Martna_vallavalitsus, lk 43
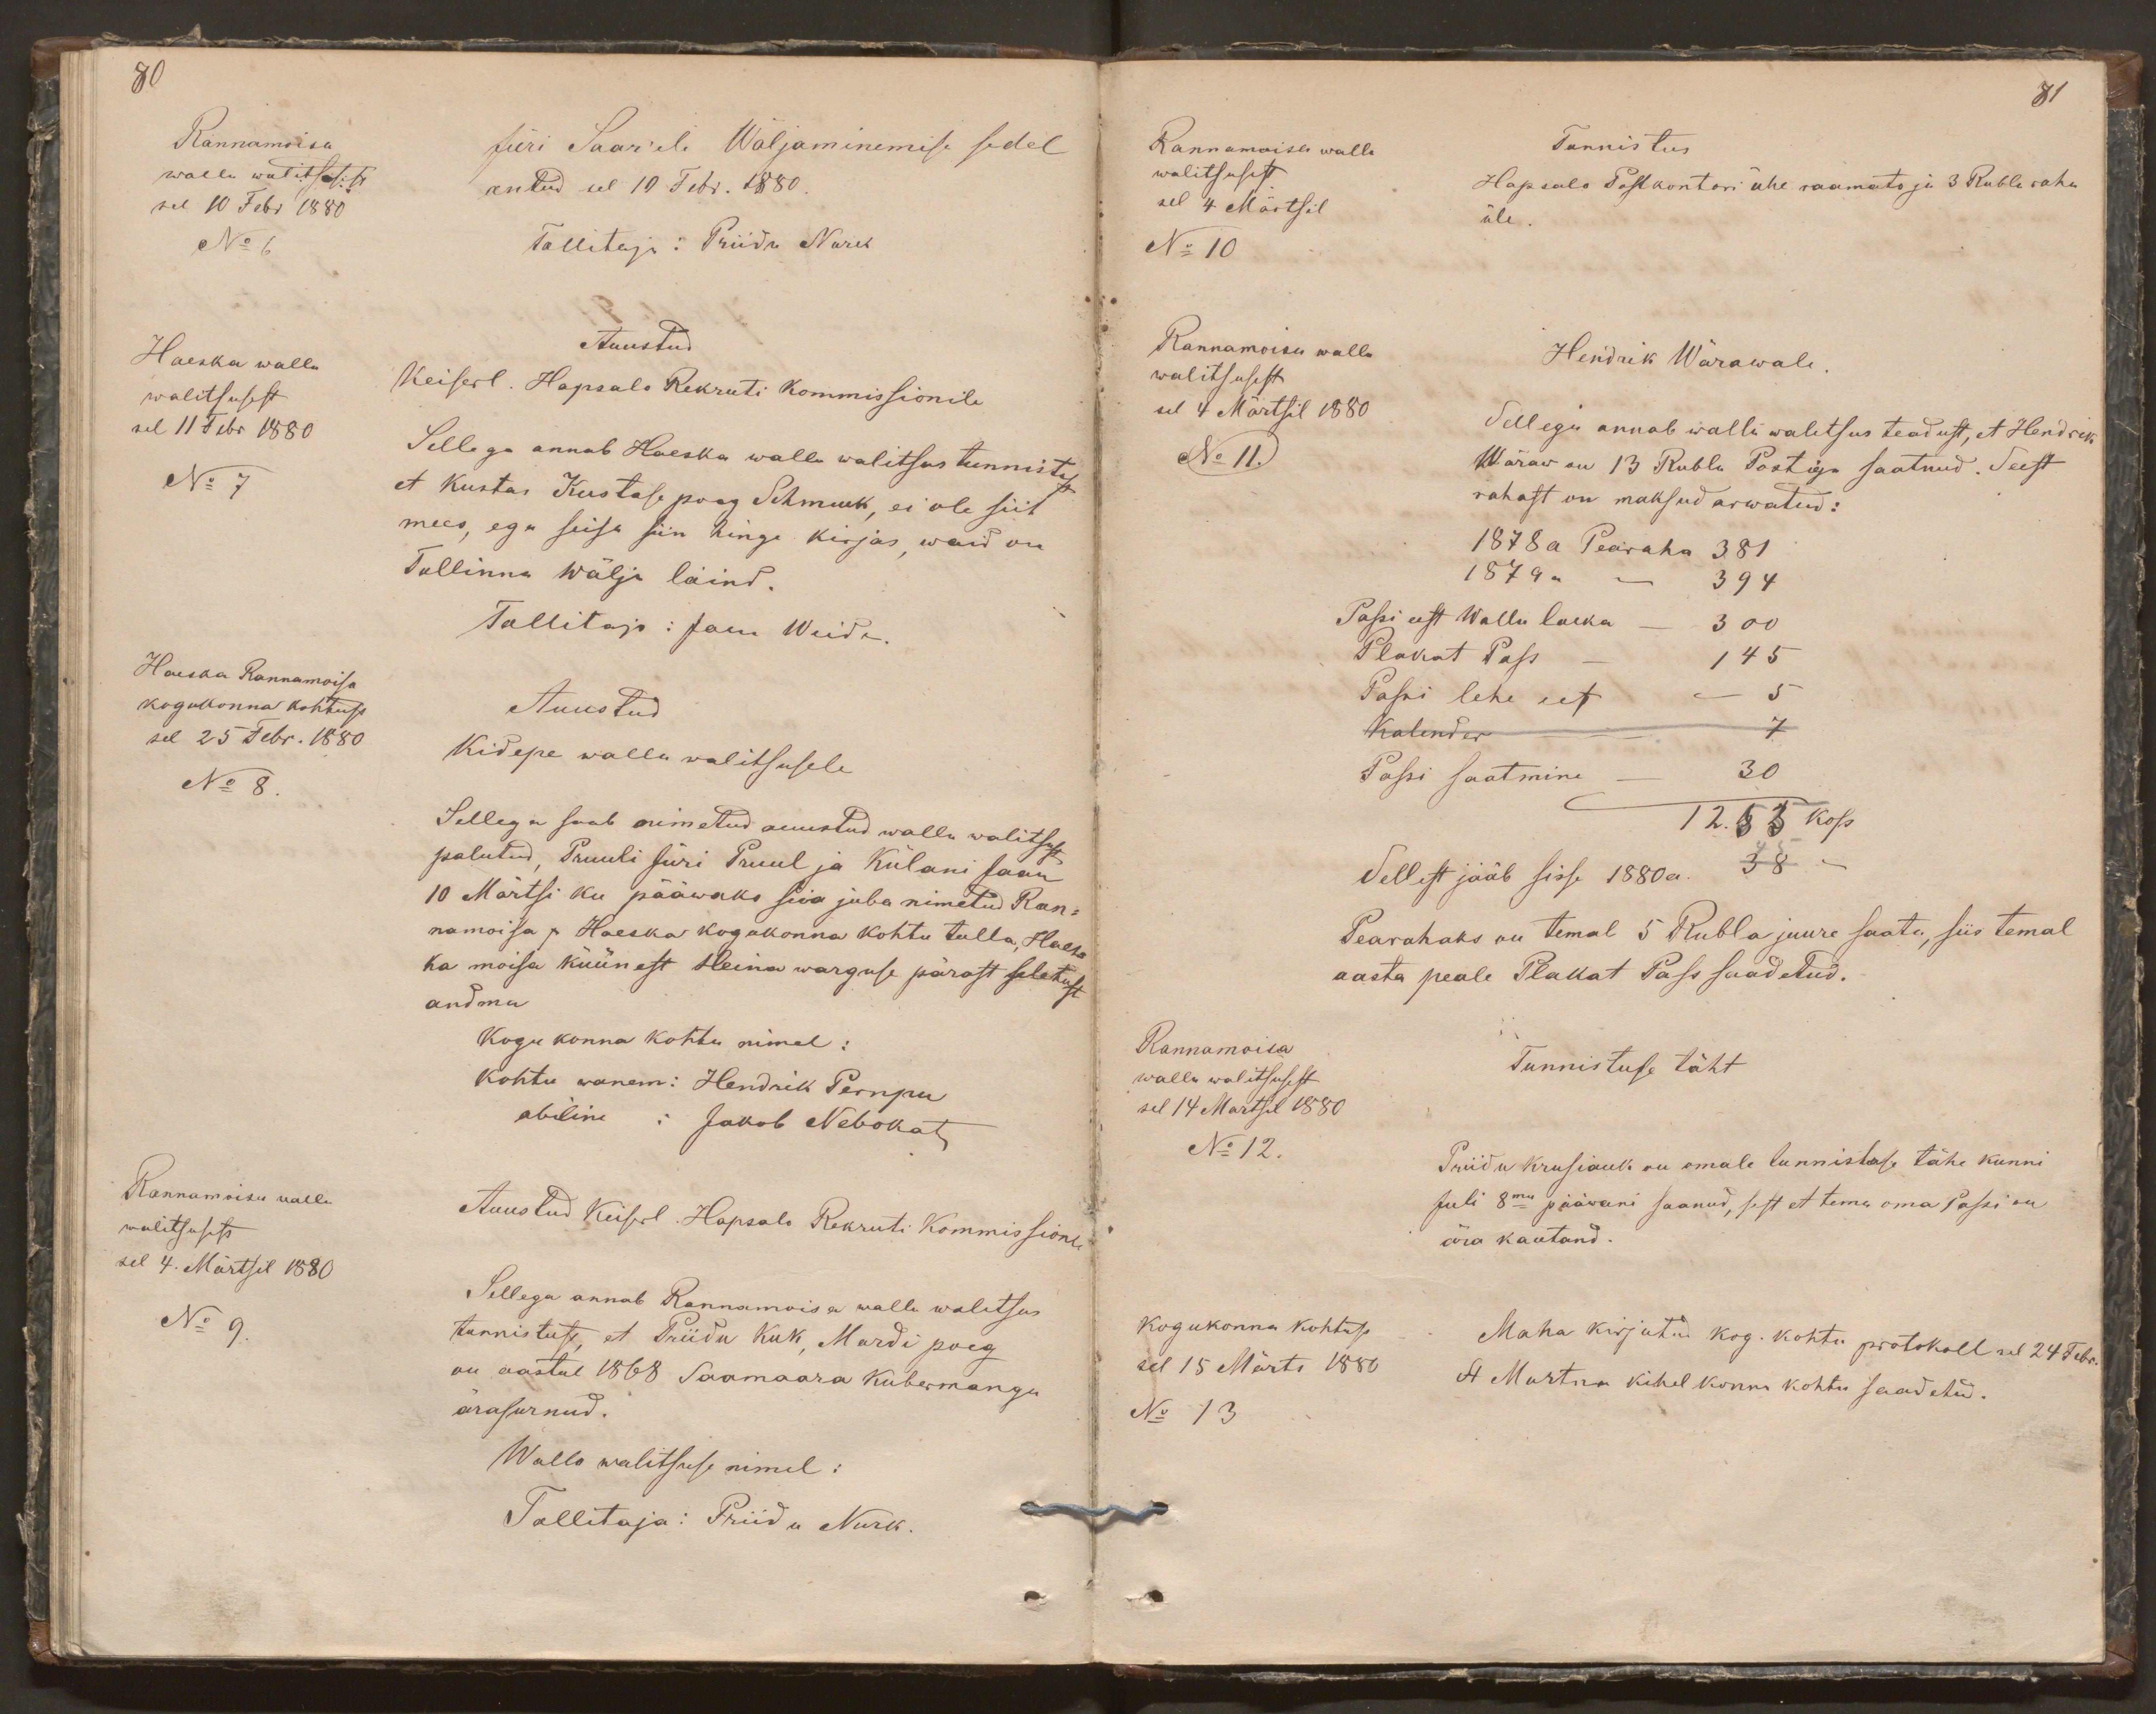
80
Rannamoisa
Jüri Saar'ele Wäljaminemise sedel
walla walitsusest
sel 10 Febr 1880
antud sel 10 Febr. 1880.
No 6
Tallitaja: Priidu Nurk
Haeska walla
Auustud
walitsusest
Keiserl. Hapsalo Rekruti Kommissionile
sel 11 Febr 1880
No 7
Sellega annab Haeska walla walitsus tunnistust
et Kustas Kustase poeg Schmuek, ei ole siit
mees, ega seisa siin hinge kirjas, waid on
Tallinna wälja läind.
Tallitaja: Jaan Weide.
Haeska Rannamoisa
kogukonna kohtust
Auustud
sel 25 Febr. 1880
Kidepe walla walitsusele
No 8
Sellega saab nimetud auustud walla walitsust
palutud, Pruuli Jüri Pruul ja Külani Jaan
10 Märtsi ku pääwaks siia juba nimetud Ran-
namoisa ja Haeska kogukonna kohtu tulla. Haes-
ka moisa küünest Heina warguse pärast seletust
andma
Kogu konna kohtu nimel:
kohtu wanem: Hendrik Pernpu
abiline: Jakob Nebokat
Rannamoisa walla
walitsusest
Auustud Keiserl. Hapsalo Rekruti Kommissionle
sel 4. Märtsil 1880
No 9.
Sellega annab Rannamoisa walla walitsus
tunnistust, et Priidu Kuk, Mardi poeg
on aastal 1868 Saamaara Kubermangu
ärasurnud.
Walla walitsuse nimel:
Tallitaja: Priidu Nurk.

81
Rannamoisa walla
Tunnistus
walitsusest
Hapsalo Postkontori ühe raamato ja 3 Rubla raha
sel 4 Märtsil
üle.
No 10
Rannamoisa walla
Hendrik Wärawale.
walitsusest
sel 4 Märtsil 1880
Sellega annab walla walitsus teadust, et Hendrik
No 11.
Wäraw on 13 Rubla Postiga saatnud. Seest
rahast on maksud arwatud:
1878 a Pearaha 381
1879 " - 394
Passi eest Walla laeka - 300
Plakat Pass - 145
Passi lehe eest - 5
Kalender - 7
Passi saatmine - 30
12.55 kop
45
Sellest jääb sisse 1880a. 38 -
Pearahaks on temal 5 Rubla juure saata, siis temal
aasta peale Plakat Pass saadetud.
Rannamoisa
walla walitsusest
Tunnistuse täht
sel 14 Martsil 1880
No 12.
Priidu Krusiauk on omale tunnistuse tähe kunni
Juli 8ma pääwani saanud, sest et tema oma Passi on
ära kautand.
Kogukonna kohtust
sel 15 Märts 1880
Maha kirjutud kog. kohtu protokoll sel 24 Febr.
St Martna kihelkonna kohtu saadetud.
No 13